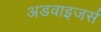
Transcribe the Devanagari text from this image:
अडवाइजर्स